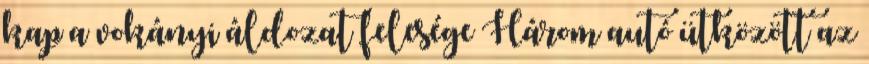
kap a vokányi áldozat felesége Három autó ütközött az